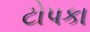
ટોપકા